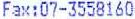
FAX:07-3558160